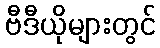
ဗီဒီယိုများတွင်